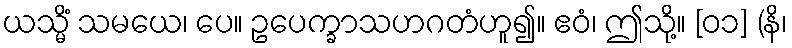
ယသ္မိံ သမယေ၊ ပေ။ ဥပေက္ခာသဟဂတံဟူ၍။ ဧဝံ၊ ဤသို့။ [၀၁] (နိ၊